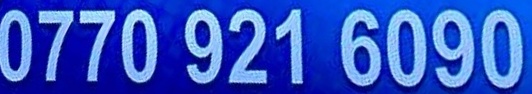
0770 921 6090